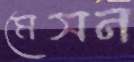
মেসন